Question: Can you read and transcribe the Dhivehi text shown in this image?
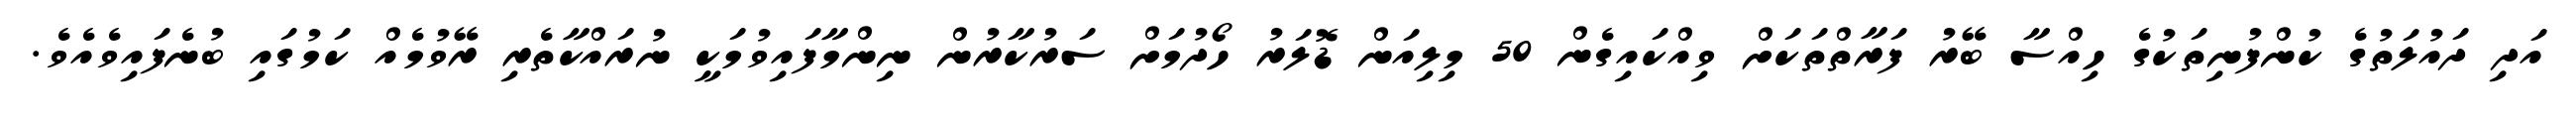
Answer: އަދި ދައުލަތުގެ ކުންފުނިތަކުގެ ހިއްސާ ބޭރު ފަރާތްތަކަށް ވިއްކައިގެން 50 މިލިއަން ޑޮލަރު ހޯދުމަށް ސަރުކާރުން ނިންމާފައިވުމަކީ ނުރައްކާތެރި ރޭވުމެއް ކަމުގައި ބުނެފައިވެއެވެ.